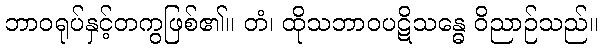
ဘာဝရုပ်နှင့်တကွဖြစ်၏။ တံ၊ ထိုသဘာဝပဋိသန္ဓေ ဝိညာဉ်သည်။